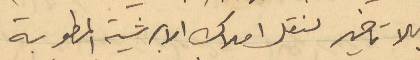
بلا تأخير لنقل أملاك الأبرشية المطوبة